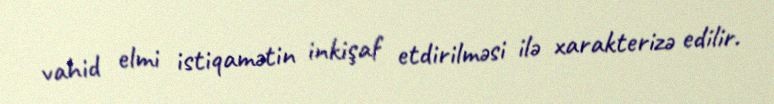
vahid elmi istiqamətin inkişaf etdirilməsi ilə xarakterizə edilir.